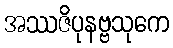
အဿဇိပုနဗ္ဗသုကေ